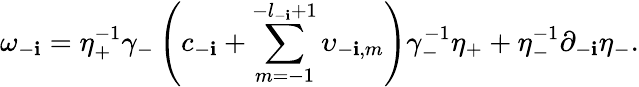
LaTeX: \omega_{-\mathbf{i}}=\eta_{+}^{-1}\gamma_{-}\left(c_{-\mathbf{i}}+\sum_{m=-1}^{-l_{-\mathbf{i}}+1}\upsilon_{-\mathbf{i},m}\right)\gamma_{-}^{-1}\eta_{+}+\eta_{-}^{-1}\partial_{-\mathbf{i}}\eta_{-}.